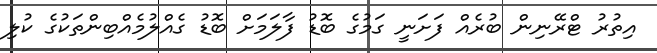
އިތުރު ޓްރޭނިން ބުރެއް ފަށަނީ ގަމުގެ ބޮޑު ފާލަމަށް ބޮޑު ގެއްލުމެއްބިންތަކުގެ ކުލި